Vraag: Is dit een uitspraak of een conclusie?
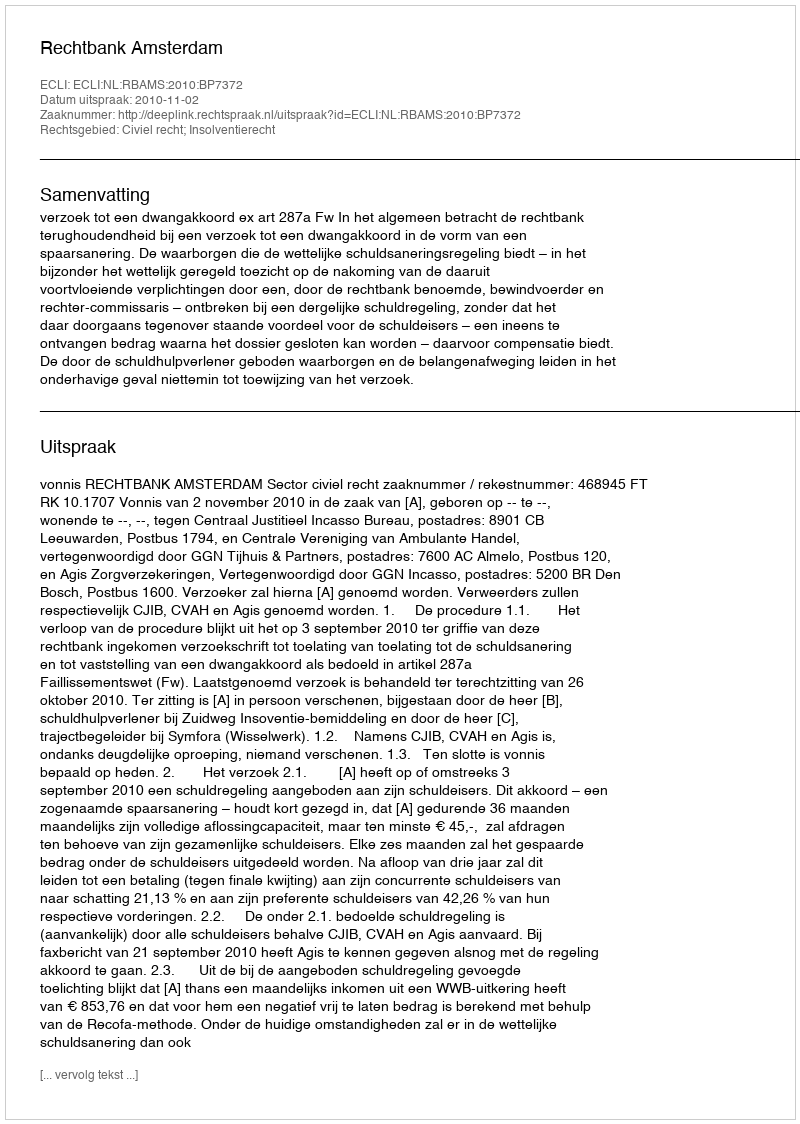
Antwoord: Uitspraak